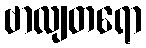
ဗာလျတရော